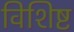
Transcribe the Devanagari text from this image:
विशिष्ट